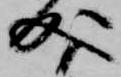
成